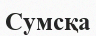
Сумсқа